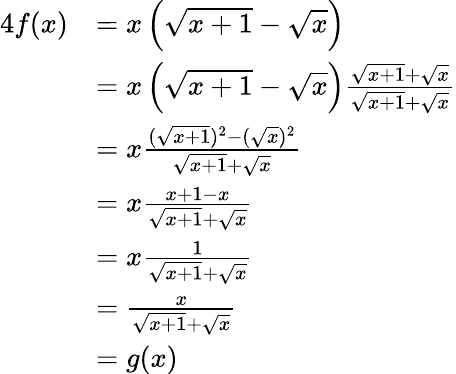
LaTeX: {\begin{array}{rl}{{4}f(x)}&{=x\left({\sqrt{x+1}}-{\sqrt{x}}\right)}\\ &{=x\left({\sqrt{x+1}}-{\sqrt{x}}\right){\frac{{\sqrt{x+1}}+{\sqrt{x}}}{{\sqrt{x+1}}+{\sqrt{x}}}}}\\ &{=x{\frac{({\sqrt{x+1}})^{2}-({\sqrt{x}})^{2}}{{\sqrt{x+1}}+{\sqrt{x}}}}}\\ &{=x{\frac{x+1-x}{{\sqrt{x+1}}+{\sqrt{x}}}}}\\ &{=x{\frac{1}{{\sqrt{x+1}}+{\sqrt{x}}}}}\\ &{={\frac{x}{{\sqrt{x+1}}+{\sqrt{x}}}}}\\ &{=g(x)}\end{array}}